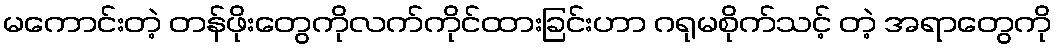
မကောင်းတဲ့ တန်ဖိုးတွေကိုလက်ကိုင်ထားခြင်းဟာ ဂရုမစိုက်သင့် တဲ့ အရာတွေကို